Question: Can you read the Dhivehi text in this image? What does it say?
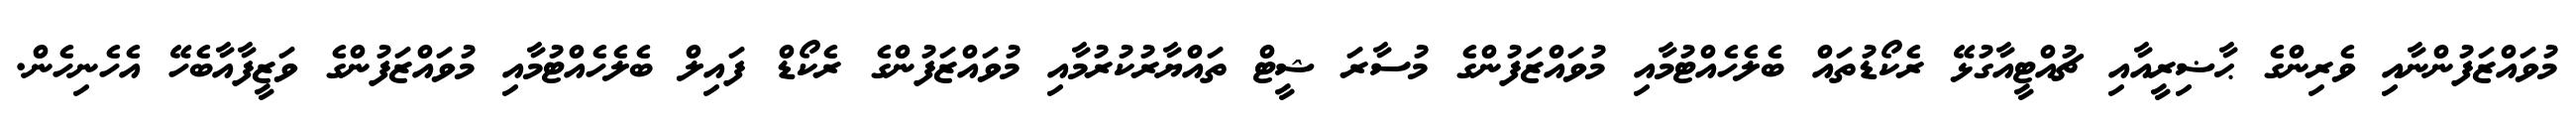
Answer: މުވައްޒަފުންނާއި ވެރިންގެ ޙާޟިރީއާއި ޗުއްޓީއާގުޅޭ ރެކޯޑުތައް ބެލެހެއްޓުމާއި މުވައްޒަފުންގެ މުސާރަ ޝީޓް ތައްޔާރުކުރުމާއި މުވައްޒަފުންގެ ރެކޯޑް ފައިލް ބެލެހެއްޓުމާއި މުވައްޒަފުންގެ ވަޒީފާއާބެހޭ އެހެނިހެން.